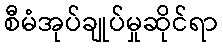
စီမံအုပ်ချုပ်မှုဆိုင်ရာ